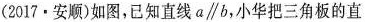
(2017·安顺)如图，已知直线$$a\parallelb$$，小华把三角板的直